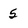
Character: 5